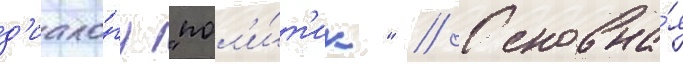
д'иало́гу "пол'и́т'ик" // Основна́я